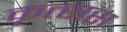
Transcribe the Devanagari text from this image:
कृत्सस